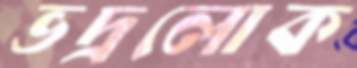
ভদ্রলোক